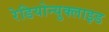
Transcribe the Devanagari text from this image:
रेडियोन्युक्लाइड